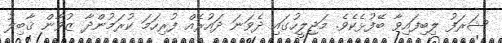
ޝަރަފު ލިބިފައިވާ ބޭފުޅެކެވެ. މަޖިލީހުގައި ދެވަނަ ދައުރެއް ފުރިހަމަ ކުރަމުންދާ ޒުވާން ޤާބިލު